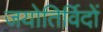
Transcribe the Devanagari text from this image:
जयोतिर्विदों